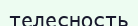
телесность